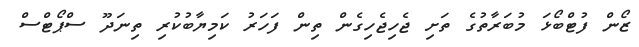
ޒޯން ފުޓްބޯޅަ މުބަރާތުގެ ތަށި ޖެހިޖެހިގެން ތިން ފަހަރު ކަމިޔާބުކުރި ތިނަދޫ ސްޕޯޓްސް